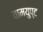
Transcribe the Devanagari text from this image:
वामयुप्ट